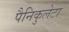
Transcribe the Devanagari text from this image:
पैनिकुलेटा